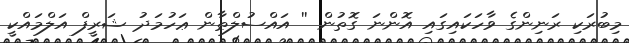
މިބުރަކި ރަނިންގެ ވާހަކައިގައި އޮންނަ ގޮތުން '' އައްސުލްޠާން ޢަހުމަދު ޝަރީފް އަލްމައްކީ